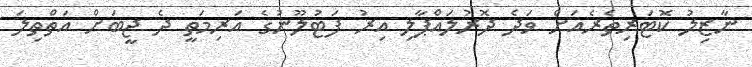
ނާޒިލު ކޮޓަރިތެރެއަށް ވަދެ ދޮރުލައްޕާލި އިރު ފަޓުލޫނުގެ އަރިމަތީ ދެ ޖީބަށް އަތްތިލަ